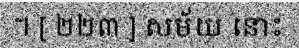
។ [ ២២៣ ] សម័យ នោះ